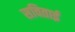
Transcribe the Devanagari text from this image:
सविताई